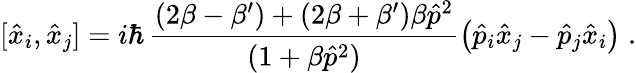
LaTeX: [\hat{x}_{i},\hat{x}_{j}]=i\hbar\, \frac{(2\beta-\beta^{\prime})+(2\beta+\beta^{\prime})\beta\hat{p}^{2}}{(1+\beta\hat{p}^{2})}\left(\hat{p}_{i}\hat{x}_{j}-\hat{p}_{j}\hat{x}_{i}\right)\; .